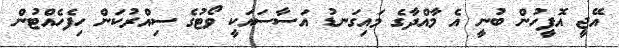
އޭޖީ އޮފީހުން ބުނީ އެ މާއްދާގެ މައިގަނޑު އަސާސައަކީ ވޯޓުގެ ސިއްރުކަން ހިފެހެއްޓުން